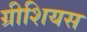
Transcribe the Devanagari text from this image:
ग्रीशियस